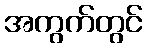
အကွက်တွင်